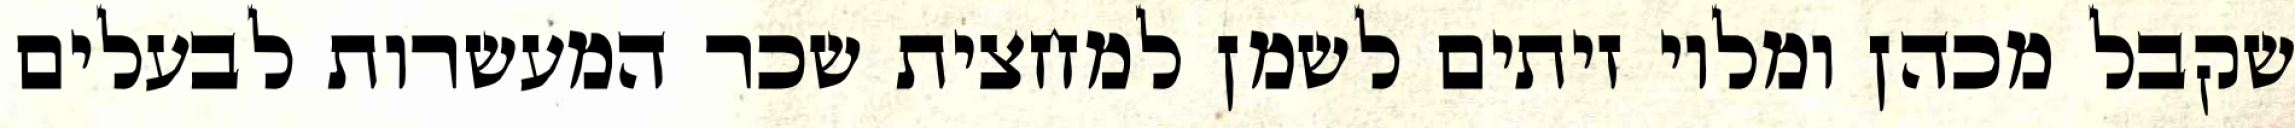
שקבל מכהן ומלוי זיתים לשמן למחצית שכר המעשרות לבעלים